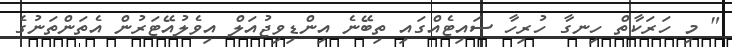
" މި ހަރަކާތް ހިނގާ ހުރިހާ ސައިޓެއްގައި ތިބޭނެ އިންޑިވިޖުއަލް އިވެލުއޭޓަރުން އެތަންތަނުގެ